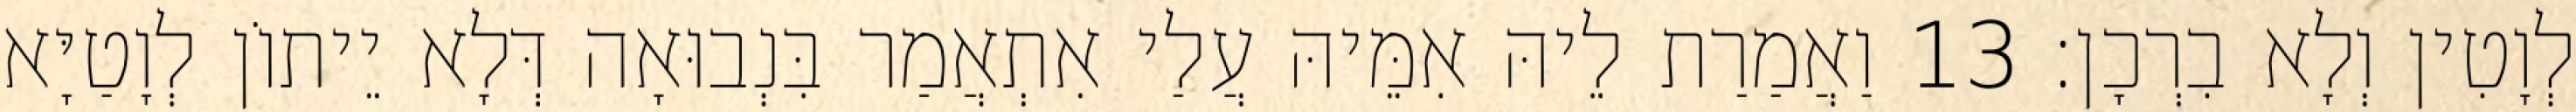
לְוָטִין וְלָא בִרְכָן׃ 13 וַאֲמַרַת לֵיהּ אִמֵּיהּ עֲלַי אִתְאֲמַר בִּנְבוּאָה דְּלָא יֵיתוֹן לְוָטַיָּא